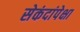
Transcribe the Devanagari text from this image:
सेकंदांपेक्षा